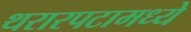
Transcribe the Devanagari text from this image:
थरारपटामध्ये